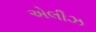
એલીઝ